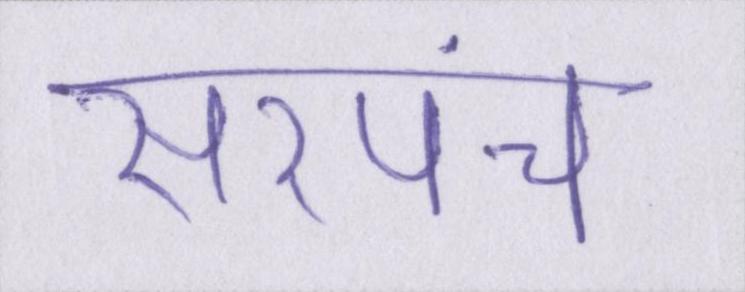
सरपंच